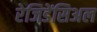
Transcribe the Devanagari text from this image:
रेजिडेंसिअल